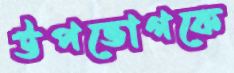
উপভোগকে